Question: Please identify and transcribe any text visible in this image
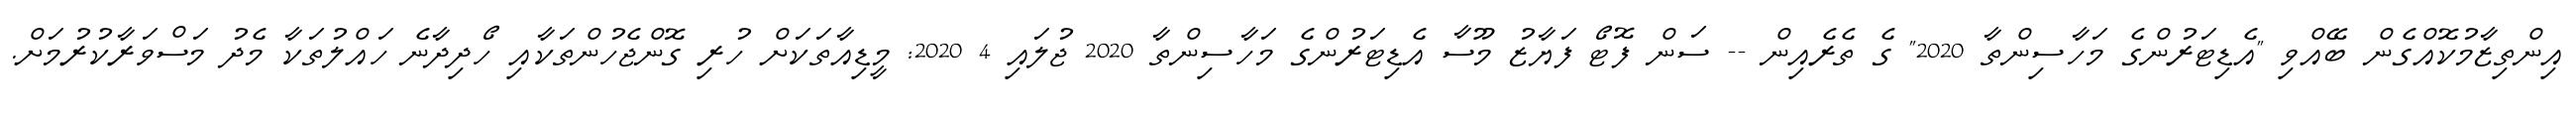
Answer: އިންތިޒާމުކޮއްގެން ބޭއްވި "އެޑިޓަރުންގެ މަހާސިންތާ 2020" ގެ ތެރެއިން -- ސަން ފޮޓޯ ފަޔާޒު މޫސާ އެޑިޓަރުންގެ މަހާސިންތާ 2020 ޖުލައި 4 2020: މީޑިއާތަކަށް ހުރި ގޮންޖެހުންތަކާއި ހޯދިދާނެ ހައްލުތަކާ މެދު މަސްވަރާކުރުމަށް.